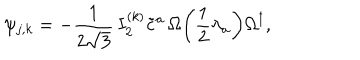
\psi _ { j , k } = - \frac { 1 } { 2 \sqrt { 3 } } \, I _ { 2 } ^ { ( k ) } \tilde { c } ^ { a } \, \Omega \! \left( \frac { 1 } { 2 } \lambda _ { a } \right) \! \Omega ^ { \dagger } ,